Scottish Leaving Certificate Examination, 1957
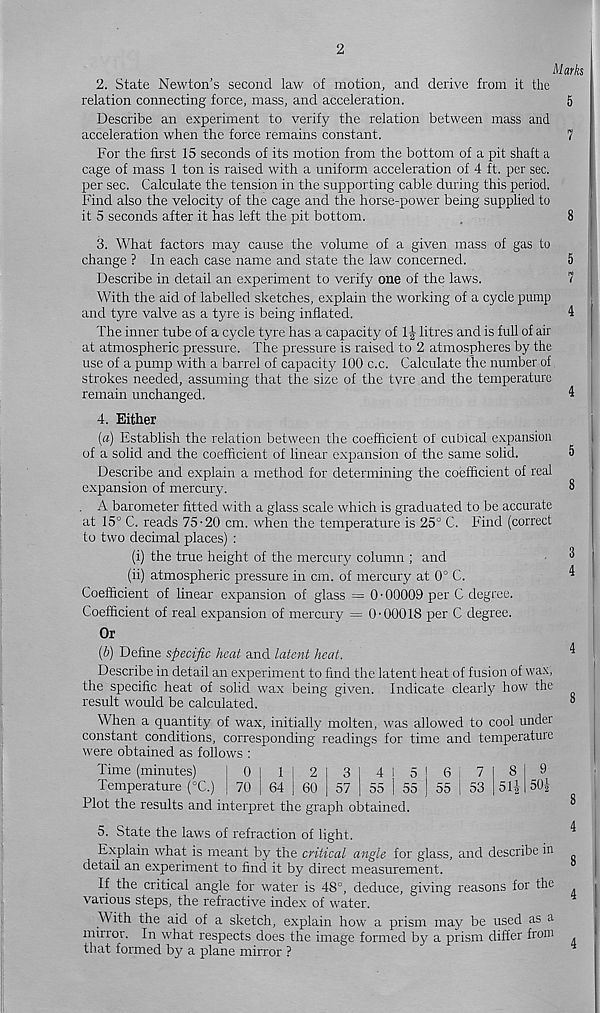
2. State Newton’s second law of motion, and derive from it the
relation connecting force, mass, and acceleration.
Describe an experiment to verify the relation between mass and
acceleration when the force remains constant.
For the first 15 seconds of its motion from the bottom of a pit shaft a
cage of mass 1 ton is raised with a uniform acceleration of 4 ft. per sec.
per sec. Calculate the tension in the supporting cable during this period.
Find also the velocity of the cage and the horse-power being supplied to
it 5 seconds after it has left the pit bottom.
3. What factors may cause the volume of a given mass of gas to
change ? In each case name and state the law concerned.
Describe in detail an experiment to verify one of the laws.
With the aid of labelled sketches, explain the working of a cycle pump
and tyre valve as a tyre is being inflated.
The inner tube of a cycle tyre has a capacity of litres and is full of air
at atmospheric pressure. The pressure is raised to 2 atmospheres by the
use of a pump with a barrel of capacity 100 c.c. Calculate the number of
strokes needed, assuming that the size of the tyre and the temperature
remain unchanged.
4. Either
(a) Establish the relation between the coefficient of cubical expansion
of a solid and the coefficient of linear expansion of the same solid.
Describe and explain a method for determining the coefficient of real
expansion of mercury.
A barometer fitted with a glass scale which is graduated to be accurate
at 15° C. reads 75-20 cm. when the temperature is 25° C. Find (correct
to two decimal places) :
(i) the true height of the mercury column ; and
(ii) atmospheric pressure in cm. of mercury at 0° C.
Coefficient of linear expansion of glass = 0 • 00009 per C degree.
Coefficient of real expansion of mercury = 0-00018 per C degree.
Or
(b) Define specific heat and latent heat.
Describe in detail an experiment to find the latent heat of fusion of wax,
the specific heat of solid wax being given. Indicate clearly how the
result would be calculated.
When a quantity of wax, initially molten, was allowed to cool under
constant conditions, corresponding readings for time and temperature
were obtained as follows :
Time (minutes)
Temperature (°C.)
Plot the results and
0
70
1
64
2
60
3
57
4
55
5
55
6
55
7
53
interpret the graph obtained.
9
50^
5. State the laws of refraction of light.
Explain what is meant by the critical angle for glass, and describe in
detail an experiment to find it by direct measurement.
If the critical angle for water is 48°, deduce, giving reasons for the
various steps, the refractive index of water.
With the aid of a sketch, explain how a prism may be used as a
mirror. In what respects does the image formed by a prism differ from
that formed by a plane mirror ?